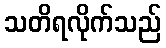
သတိရလိုက်သည်